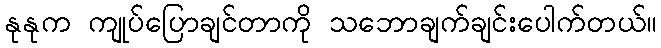
နုနုက ကျုပ်ပြောချင်တာကို သဘောချက်ချင်းပေါက်တယ်။